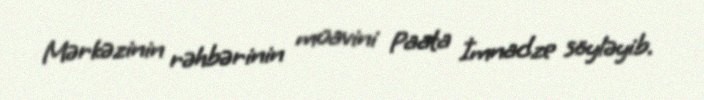
Mərkəzinin rəhbərinin müavini Paata İmnadze söyləyib.